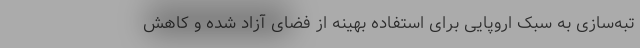
تبه‌سازی به سبک اروپایی برای استفاده بهینه از فضای آزاد شده و کاهش